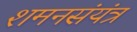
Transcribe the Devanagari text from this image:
शमनसंयंत्र